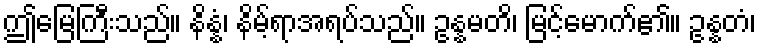
ဤမြေကြီးသည်။ နိန္နံ၊ နိမ့်ရာအရပ်သည်။ ဥန္နမတိ၊ မြင့်မောက်၏။ ဥန္နတံ၊